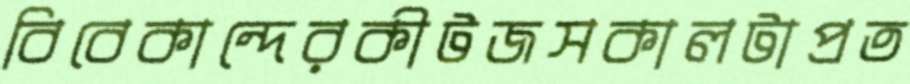
বিবেকান্দেরকীটজসকালটাপ্রত